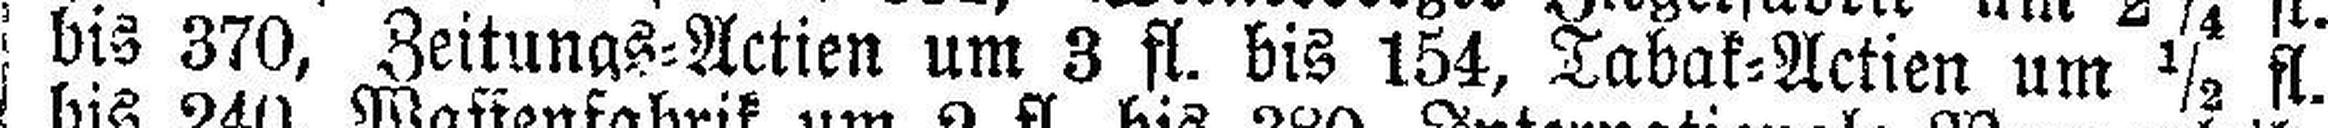
bis 370, Zeitungs=Actien um 3 fl. bis 154, Tabak=Actien um ½ fl.